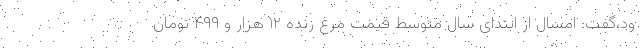
ود،گفت: امسال از ابتدای سال متوسط قیمت مرغ زنده ۱۲ هزار و ۴۹۹ تومان